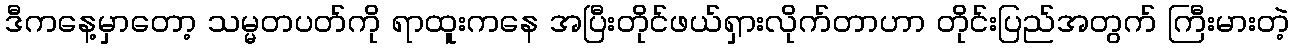
ဒီကနေ့မှာတော့ သမ္မတပတ်ကို ရာထူးကနေ အပြီးတိုင်ဖယ်ရှားလိုက်တာဟာ တိုင်းပြည်အတွက် ကြီးမားတဲ့